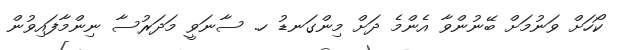
ކޯހަށް ވަނުމަށް ބޭނުންވާ އެންމެ ދަށް މިންގަނޑު ހ. ސާނަވީ މަދަރުސާ ނިންމާފައިވުން